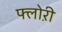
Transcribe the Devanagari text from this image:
फ्लोऱी